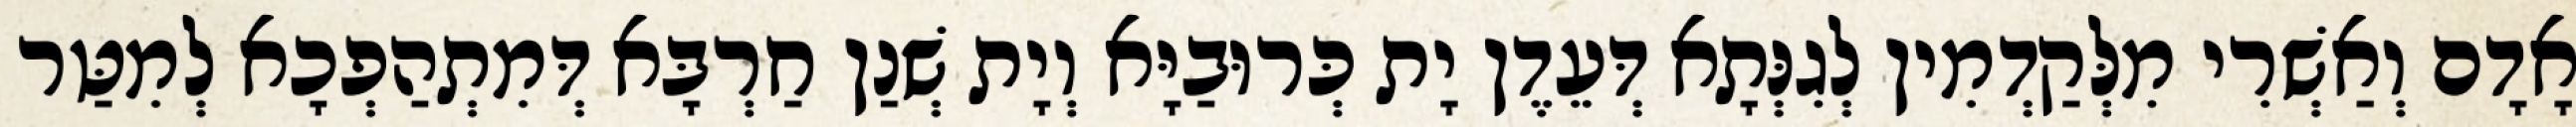
אָדָם וְאַשְׁרִי מִלְּקַדְמִין לְגִנְּתָא דְּעֵדֶן יָת כְּרוּבַיָּא וְיָת שְׁנַן חַרְבָּא דְּמִתְהַפְכָא לְמִטַּר